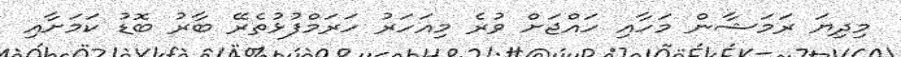
މިދިޔަ ރަމަޝާން މަހާއި ހައްޖަށް ވުރެ މިއަހަރު ހަރަމްފުޅުތެރޭ ބާރު ބޮޑު ކަމަށާއި